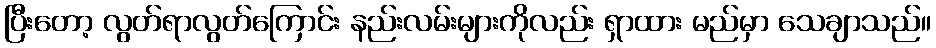
ပြီးတော့ လွတ်ရာလွတ်ကြောင်း နည်းလမ်းများကိုလည်း ရှာထား မည်မှာ သေချာသည်။